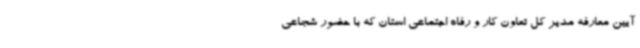
آیین معارفه مدیر کل تعاون کار و رفاه اجتماعی استان که با حضور شجاعی